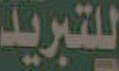
للتبريد